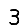
Digit: 3